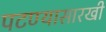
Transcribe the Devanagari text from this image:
पटण्यासारखी